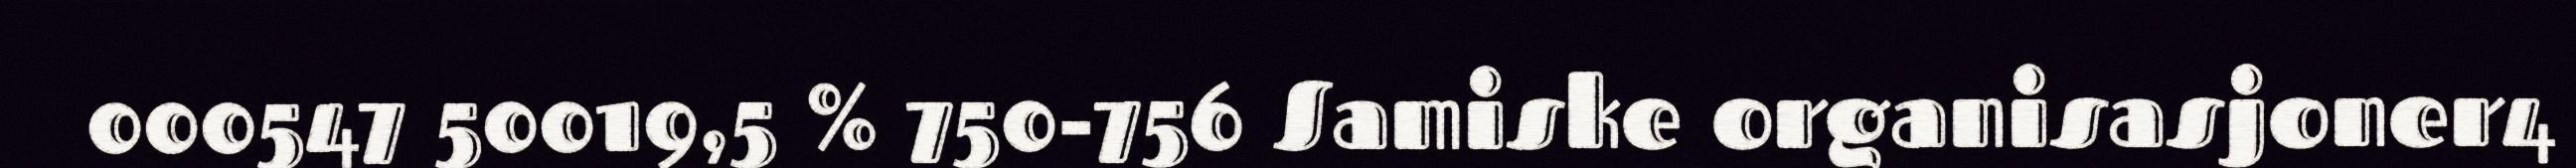
000547 50019,5 % 750-756 Samiske organisasjoner4